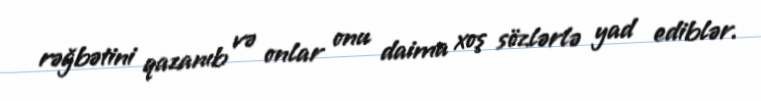
rəğbətini qazanıb və onlar onu daima xoş sözlərlə yad ediblər.